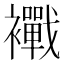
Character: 𧟀